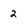
Character: 2